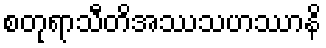
စတုရာသီတိအဿသဟဿာနိ